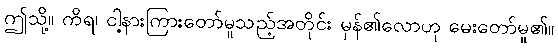
ဤသို့။ ကိရ၊ ငါ့နားကြားတော်မူသည့်အတိုင်း မှန်၏လောဟု မေးတော်မူ၏။